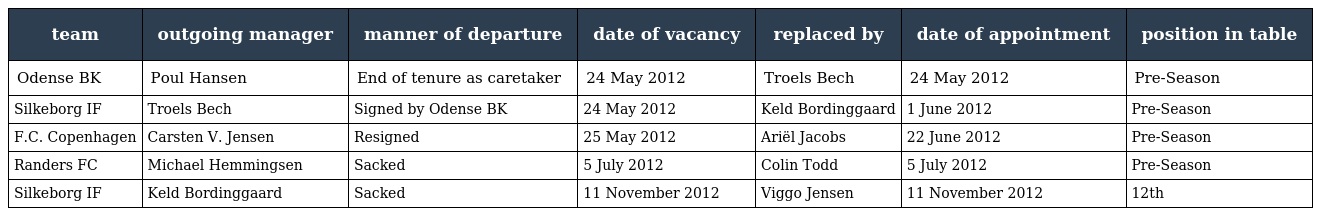
| team | outgoing manager | manner of departure | date of vacancy | replaced by | date of appointment | position in table |
 | --- | --- | --- | --- | --- | --- | --- |
 | Odense BK | Poul Hansen | End of tenure as caretaker | 24 May 2012 | Troels Bech | 24 May 2012 | Pre-Season |
 | Silkeborg IF | Troels Bech | Signed by Odense BK | 24 May 2012 | Keld Bordinggaard | 1 June 2012 | Pre-Season |
 | F.C. Copenhagen | Carsten V. Jensen | Resigned | 25 May 2012 | Ariël Jacobs | 22 June 2012 | Pre-Season |
 | Randers FC | Michael Hemmingsen | Sacked | 5 July 2012 | Colin Todd | 5 July 2012 | Pre-Season |
 | Silkeborg IF | Keld Bordinggaard | Sacked | 11 November 2012 | Viggo Jensen | 11 November 2012 | 12th |